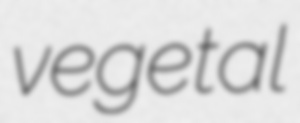
vegetal